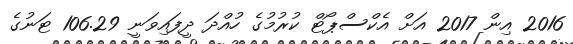
2016 އިން 2017 އަށް އެކްސްޕޯޓް ކުރުމުގެ ހުއްދަ ދީފައިވަނީ 106.29 ޓަނުގެ